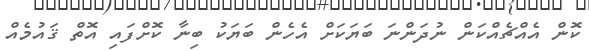
ކޮން އެއްޗެއްކަން ނުދަންނަ ބަޔަކަށް އެހެން ބަޔަކު ބިނާ ކޮށްފައި އޮތް ޤައުމެއް